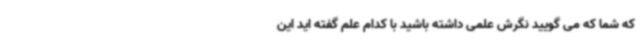
که شما که می گویید نگرش علمی داشته باشید با کدام علم گفته اید این